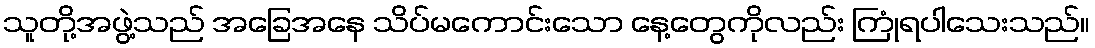
သူတို့အဖွဲ့သည် အခြေအနေ သိပ်မကောင်းသော နေ့တွေကိုလည်း ကြုံရပါသေးသည်။